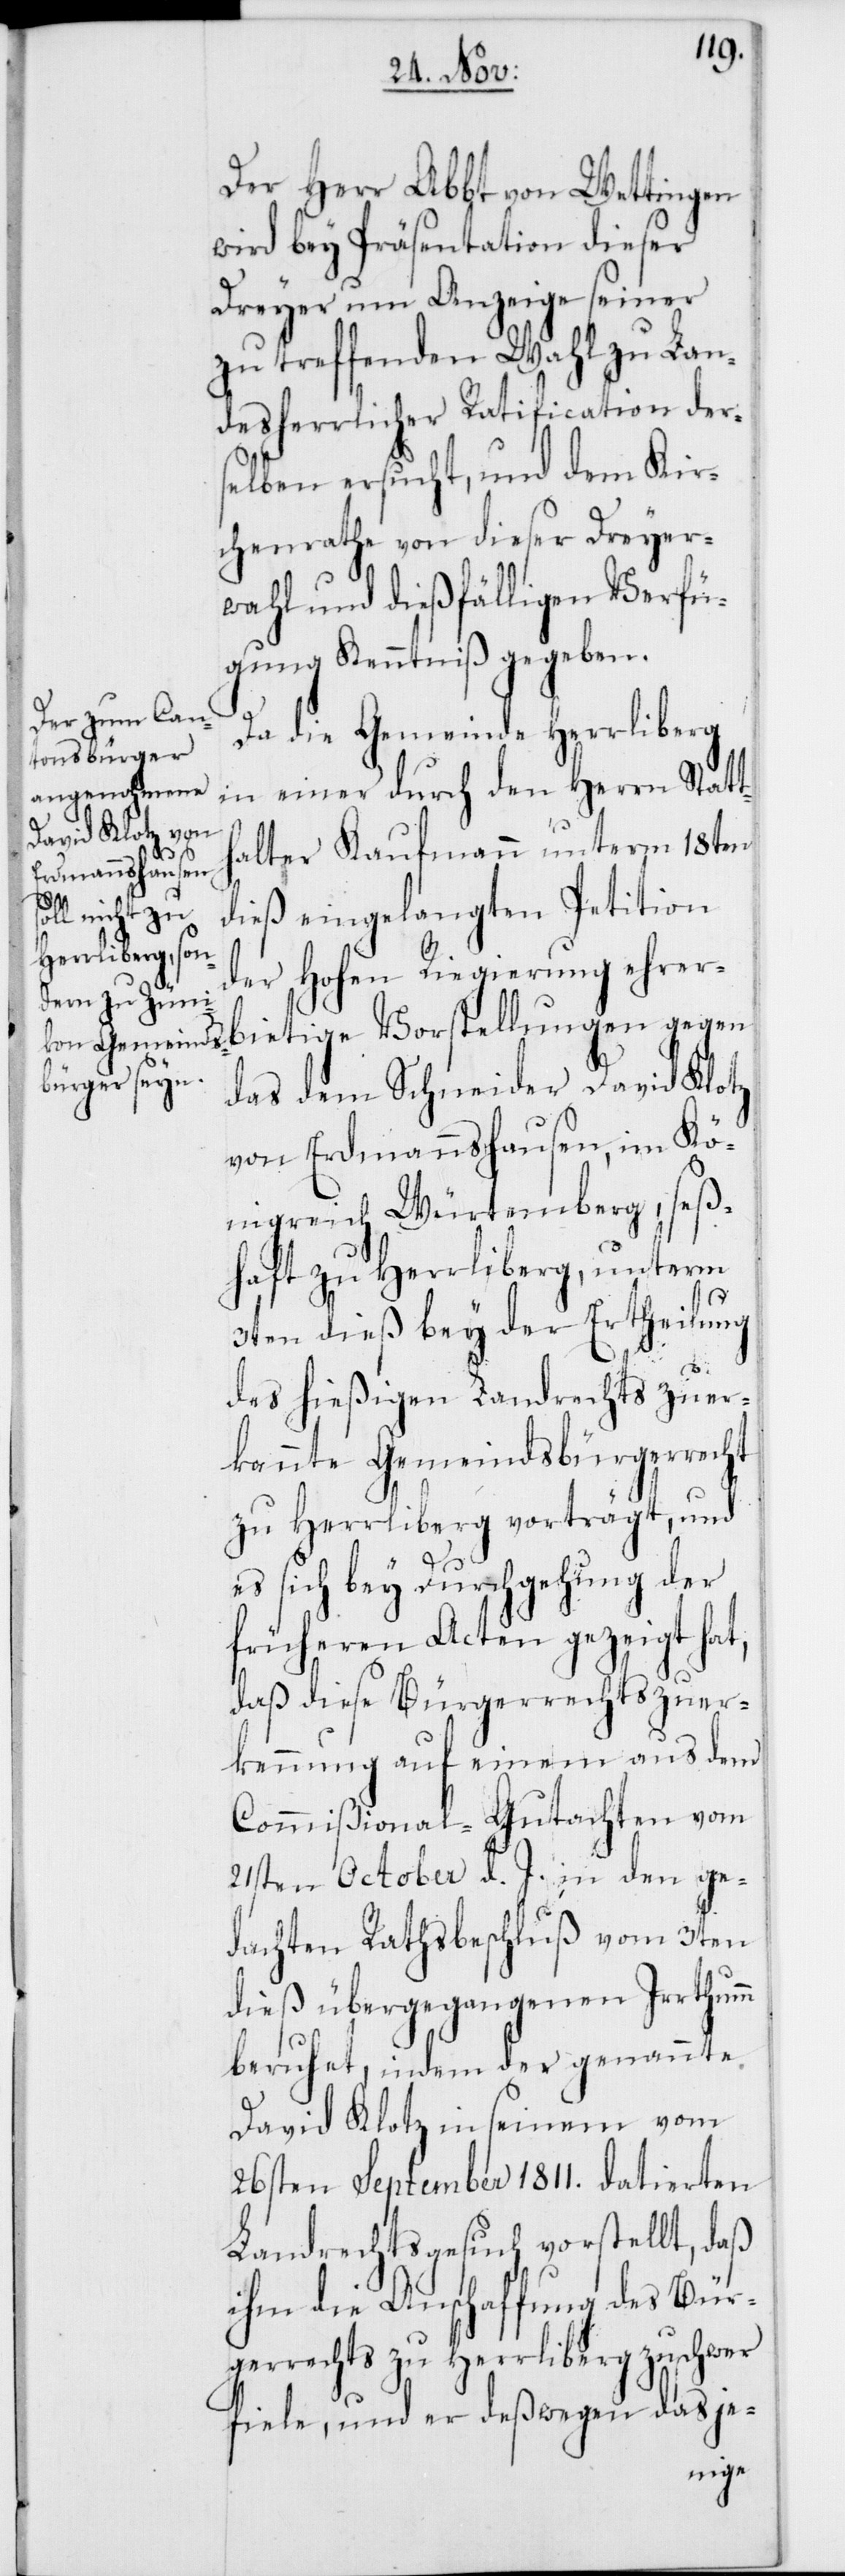
Der Herr Abbt von Wettingen
wird bey Präsentation dieser
Dreyer um Anzeige seiner
zu treffenden Wahl zu Lan¬
desherrlicher Ratification der¬
selben ersucht, und dem Kir¬
chenrathe von dieser Dreyer¬
wahl und dießfälligen Verfü¬
gung Kenntniß gegeben.
Da die Gemeinde Herrliberg
in einer durch den Herrn Statt¬
halter Kaufmann unterm 18ten
dieß eingelangten Petition
der Hohen Regierung ehrerb¬
das dem Schneider David Klotz
von Erdmannshausen, im Kö¬
nigreich Würtemberg, seß¬
haft zu Herrliberg, unterm
3ten dieß bey der Ertheilung
des hießigen Landrechts zuer¬
kannte Gemeindsbürgerrecht
zu Herrliberg vorträgt, und
es sich bey Durchgehung der
früheren Acten gezeigt hat,
daß diese Bürgerrechtszuer¬
kennung auf einem aus dem
Commißional-Gutachten vom
21sten October d. J. in den ge¬
dachten Rathsbeschlußs vom 3ten
dieß übergegangenen Irrthumm
beruhet, indem der genannte
David Klotz in seinem vom
26sten September 1811. datierten
Landrechtsgesuch vorstellt, daß
ihm die Anschaffung des Bür¬
gerrechts zu Herrliberg zu schwer
fiele, und er deßwegen dasje-
gegen